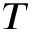
\boldsymbol { T }